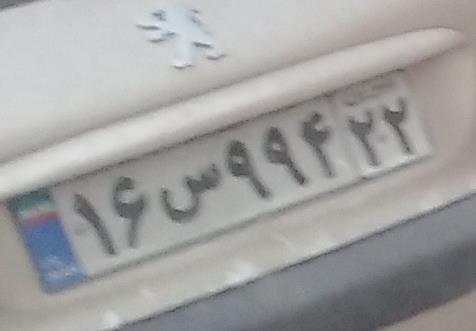
۱۶س۹۹۴۲۲